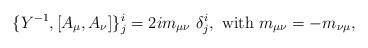
LaTeX: \begin{align*}\{Y^{-1},[A_\mu,A_\nu]\}^i_j=2im_{\mu\nu}~\delta^i_j,~{\rm with}~m_{\mu\nu}=-m_{\nu\mu},\end{align*}